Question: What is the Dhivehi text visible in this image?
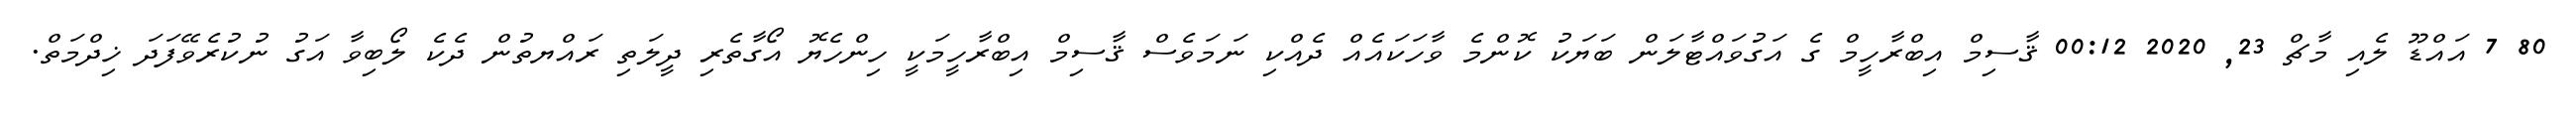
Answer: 80 7 އައްޑޫ ލެއި މާޗް 23, 2020 00:12 ޤާސިމް އިބްރާހީމް ގެ އަގުވައްޓާލަން ބަޔަކު ކޮންމެ ވާހަކައެއް ދެއްކި ނަމަވެސް ޤާސިމް އިބްރާހީމަކީ ހިންހެޔޮ އޯގާތެރި ދީލަތި ރައްޔތުން ދެކެ ލޯބިވާ އަގު ނުކުރެވޭފަދަ ޚިދްމަތް.